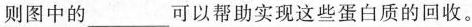
则图中的___可以帮助实现这些蛋白质的回收。